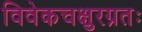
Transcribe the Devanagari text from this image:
विवेकचक्षुरग्रतः